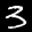
Label: 3